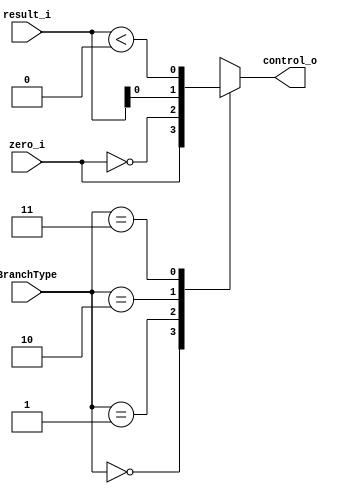
//Subject:     CO project 2 - B_Control
//--------------------------------------------------------------------------------
//Version:     1
//--------------------------------------------------------------------------------
//Writer:      Tracy Liu
//----------------------------------------------
//----------------------------------------------
//Description: 
//--------------------------------------------------------------------------------

module B_Control(
    zero_i,
    result_i,
    BranchType,
    control_o
);

//I/O ports
input         zero_i;
input  [31:0] result_i;
input   [1:0] BranchType;
output        control_o;  

//Internal Signals
wire  signed [31:0] result_i;
reg          control_o;

//Main function
always@(*) begin
  case (BranchType)
    0: control_o = zero_i;   // beq
    1: control_o = !zero_i;  // bne, bnez
    2: control_o = result_i; // ble
    3: control_o = (result_i < 0); // bltz
  endcase
end

endmodule